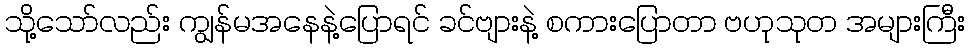
သို့သော်လည်း ကျွန်မအနေနဲ့ပြောရင် ခင်ဗျားနဲ့ စကားပြောတာ ဗဟုသုတ အများကြီး